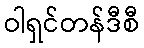
ဝါရှင်တန်ဒီစီ